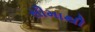
સીમાથી